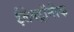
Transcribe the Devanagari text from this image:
ईलेक्ट्रॉनीक